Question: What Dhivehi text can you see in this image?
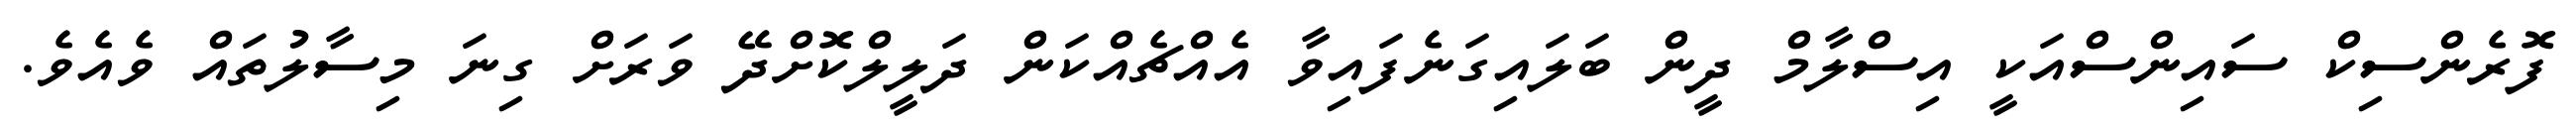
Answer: ފޮރެންސިކް ސައިންސްއަކީ އިސްލާމް ދީން ބަލައިގަނެފައިވާ އެއްޗެއްކަން ދަލީލްކޮށްދޭ ވަރަށް ގިނަ މިސާލުތައް ވެއެވެ.